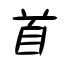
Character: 首